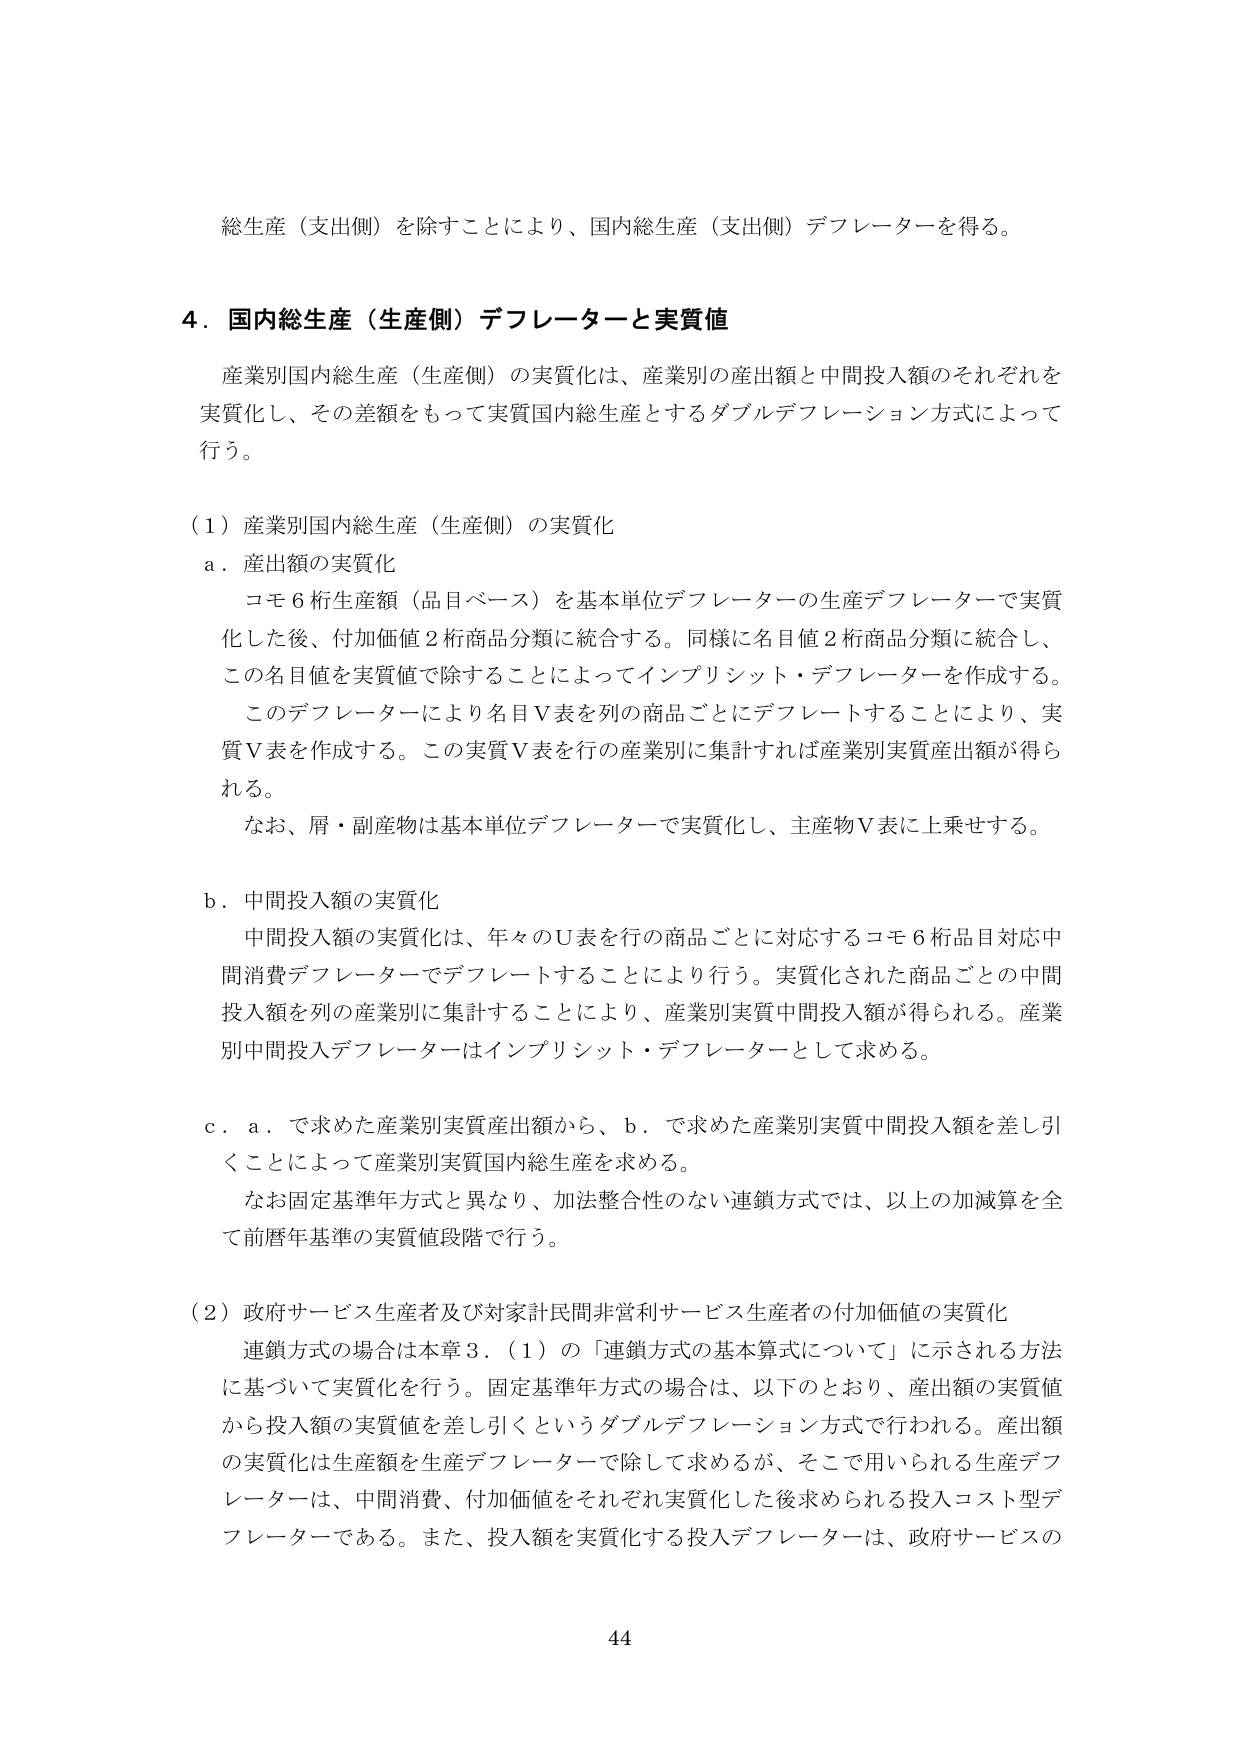
総生産（支出側）を除すことにより、国内総生産（支出側）デフレーターを得る。

4．国内総生産（生産側）デフレーターと実質値

産業別国内総生産（生産側）の実質化は、産業別の産出額と中間投入額のそれぞれを実質化し、その差額をもって実質国内総生産とするダブルデフレーション方式によって行う。

（1）産業別国内総生産（生産側）の実質化

a．産出額の実質化

コモ6桁生産額（品目ベース）を基本単位デフレーターの生産デフレーターで実質化した後、付加価値2桁商品分類に統合する。同様に名目値2桁商品分類に統合し、この名目値を実質値で除することによってインプリシット・デフレーターを作成する。

このデフレーターにより名目V表を列の商品ごとにデフレートすることにより、実質V表を作成する。この実質V表を行の産業別に集計すれば産業別実質産出額が得られる。

なお、屑・副産物は基本単位デフレーターで実質化し、主産物V表に上乗せする。

b．中間投入額の実質化

中間投入額の実質化は、年々のU表を行の商品ごとに対応するコモ6桁品目対応中間消費デフレーターでデフレートすることにより行う。実質化された商品ごとの中間投入額を列の産業別に集計することにより、産業別実質中間投入額が得られる。産業別中間投入デフレーターはインプリシット・デフレーターとして求める。

c．a．で求めた産業別実質産出額から、b．で求めた産業別実質中間投入額を差し引くことによって産業別実質国内総生産を求める。

なお固定基準年方式と異なり、加法整合性のない連鎖方式では、以上の加減算を全て前暦年基準の実質値段階で行う。

（2）政府サービス生産者及び対家計民間非営利サービス生産者の付加価値の実質化

連鎖方式の場合は本章3．（1）の「連鎖方式の基本算式について」に示される方法に基づいて実質化を行う。固定基準年方式の場合は、以下のとおり、産出額の実質値から投入額の実質値を差し引くというダブルデフレーション方式で行われる。産出額の実質化は生産額を生産デフレーターで除して求めるが、そこで用いられる生産デフレーターは、中間消費、付加価値をそれぞれ実質化した後求められる投入コスト型デフレーターである。また、投入額を実質化する投入デフレーターは、政府サービスの

44